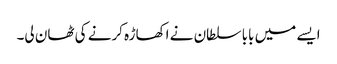
ایسے میں بابا سلطان نے اکھاڑہ کرنے کی ٹھان لی۔